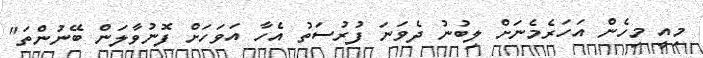
މިއީ މިހެން އަހަރެމެނަށް ލިބުނު ދެވަނަ ފުރުސަތު އެހާ އަވަހަށް ފޮނުވާލަން ބޭނުންތަ"